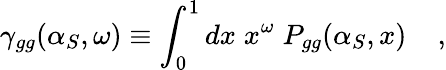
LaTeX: \gamma_{gg}(\alpha_{S},\omega)\equiv\int_{0}^{1}dx\; x^{\omega}\; P_{gg}(\alpha_{S},x)\; \; \; \; ,